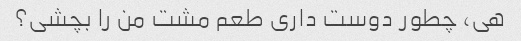
هی، چطور دوست داری طعم مشت من را بچشی؟